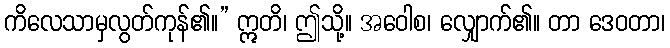
ကိလေသာမှလွတ်ကုန်၏။” ဣတိ၊ ဤသို့။ အဝေါစ၊ လျှောက်၏။ တာ ဒေဝတာ၊